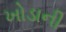
ખોડાની